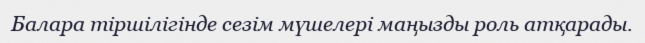
Балара тіршілігінде сезім мүшелері маңызды роль атқарады.